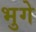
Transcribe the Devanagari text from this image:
भुगे